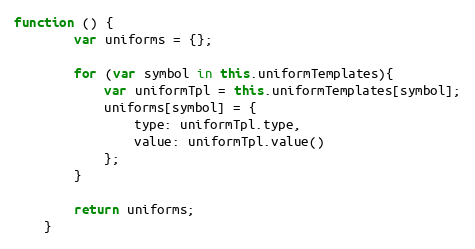
Language: JavaScript
function () {
        var uniforms = {};

        for (var symbol in this.uniformTemplates){
            var uniformTpl = this.uniformTemplates[symbol];
            uniforms[symbol] = {
                type: uniformTpl.type,
                value: uniformTpl.value()
            };
        }

        return uniforms;
    }